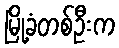
မြို့ခံတစ်ဦးက